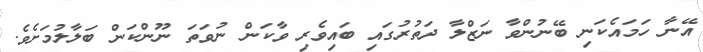
އޭނާ ހަމައެކަނި ބޭނުންވާ ނަޒްލާ ދަތުރުގައި ބައިވެރި ވާކަން ނުވަތަ ނޫންކަން ބަލާލުމަށެވެ.